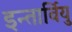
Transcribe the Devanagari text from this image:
इन्तार्वियु